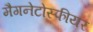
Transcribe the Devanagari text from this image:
मैगनेटोस्फीयर